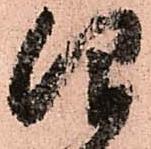
仰